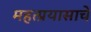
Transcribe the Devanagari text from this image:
महत्प्रयासाचे